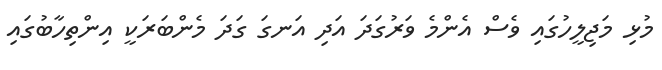
މުޅި މަޖިލީހުގައި ވެސް އެންމެ ވަރުގަދަ އަދި އަނގަ ގަދަ މެންބަރަކީ އިންތިހާބުގައި